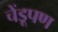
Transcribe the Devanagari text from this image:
चेंडूपण